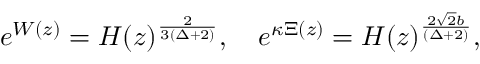
e ^ { W ( z ) } = { \cal H } ( z ) ^ { \frac { 2 } { 3 ( \Delta + 2 ) } } , \quad e ^ { \kappa \Xi ( z ) } = { \cal H } ( z ) ^ { \frac { 2 \sqrt { 2 } b } { ( \Delta + 2 ) } } ,